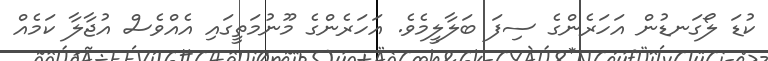
ކުޑަ ލޯގަނޑުން އަހަރެންގެ ސިފަ ބަލާލީމެވެ. އަހަރެންގެ މޫނުމަތީގައި އެއްވެސް އުޖާލާ ކަމެއް